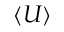
\langle U \rangle